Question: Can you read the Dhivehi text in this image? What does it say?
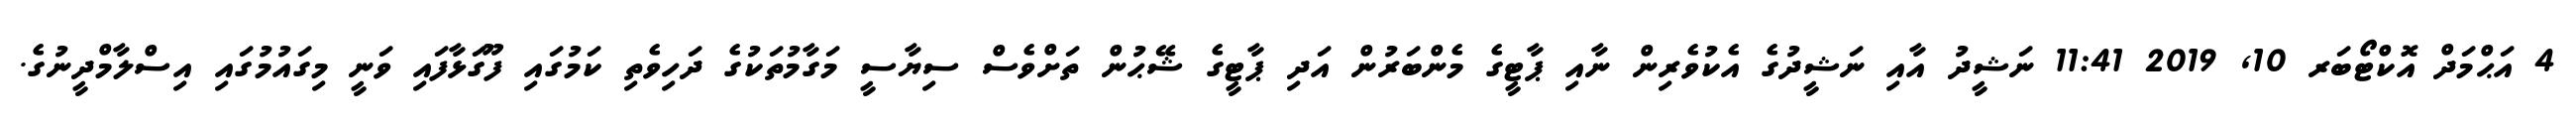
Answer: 4 އަޙްމަދް އޮކްޓޯބަރ 10, 2019 11:41 ނަޝީދު އާއި ނަޝީދުގެ އެކުވެރިން ނާއި ޕާޓީގެ މެންބަރުން އަދި ޕާޓީގެ ޝޭޙުން ތަށްވެސް ސިޔާސީ މަގާމުތަކުގެ ދަހިވެތި ކަމުގައި ފޫގަޅާފައި ވަނީ މިގައުމުގައި އިސްލާމްދީނުގެ.